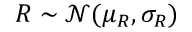
R \sim \mathcal N ( \mu _ { R } , \sigma _ { R } )